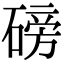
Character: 磅